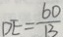
D E = \frac { 6 0 } { 1 3 }